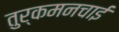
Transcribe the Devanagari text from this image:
तुर्कमनचाई